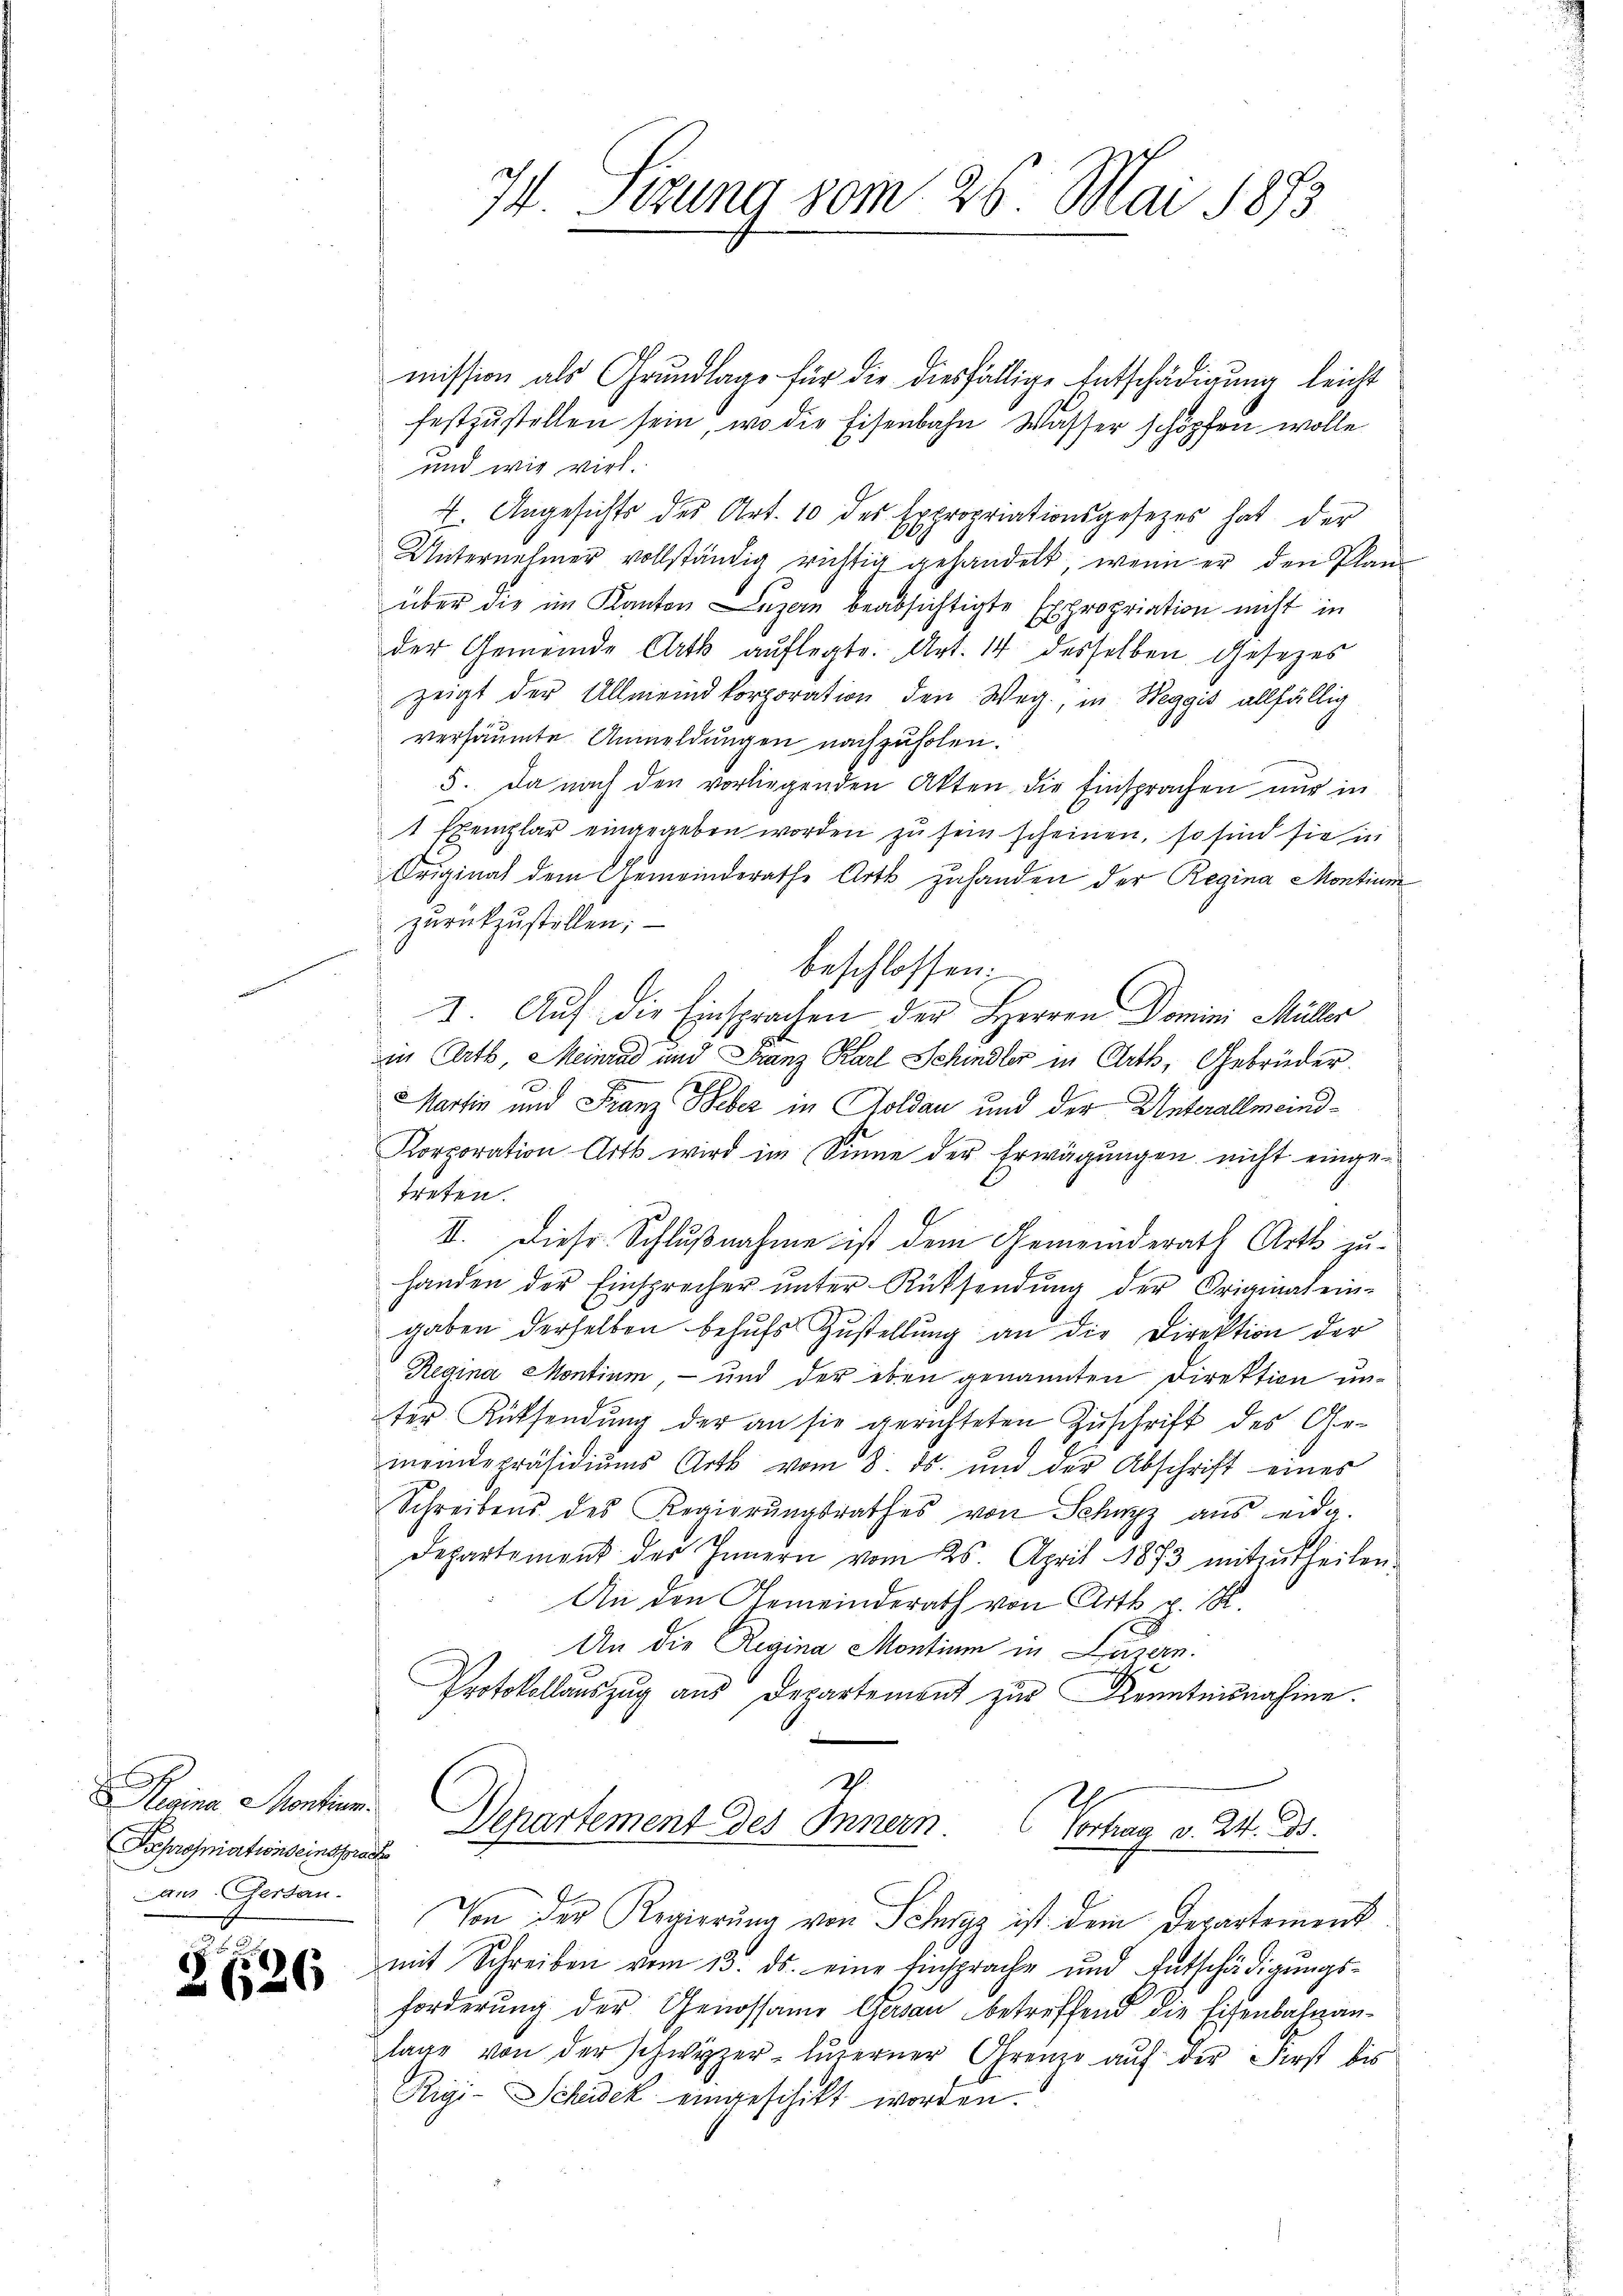
Rigina Stention
Proponiationseinsprach
aus Gersan.

2626

mission als Grundlage für die diesfällige Entschädigung leicht
festzŭstellen sein, wo die Eisenbahn Wasser schöpfen wolle
und wie virt.
I. Angesichts der Art. 10 des Expropriationsgesetzes hat der
Unternehmer vollständig richtig gehandelt, wenn er den Planüber die im Kanton Luzan beabsichtigte Expropriation nicht in
der Gemeinde Arth auflegte. Art. 14 desselben Gesezes
zeigt der Allmeindkorporation den Weg, in Weggis allfällig
versäumte Anmeldungen nachzuholen.
5. Da nach den vorliegenden Akten die Einsprachen nur in
1 Exemplar eingegeben worden zu sein scheinen, so sind sie in
Original dem Gemeindsrathe Arts zuhanden der Regina Montium
zurückzustellen;
beschlossen:
I. Auf die Einsprachen der Herren Domini Müller
in Orts, Meinend und Franz Karl Schindler in Orth, Gebrüder.
Martin und Franz Weber in Goldau und der Unterallmeind¬
Korporation Arth wird im Sinne der Erwägungen nicht eingetreten.
II. Diese Schlußnahme ist dem Gemeinderath Arth zu-
handen der Einsprecher ŭnter Rücksendŭng der Original ein-
gaben derselben behufs Zustellung an die Direktion der
Regina Montium, - und der eben genannten Direktion unter Rücksendung der an sie gerichteten Zuschrift des Ge-
meindepräsidiŭms Art vom 8. ds. ŭnd der Abschrift eines
Schreibens des Regierŭngsrathes von Schwyz ans eidg.
Departement der Innern vom 25. April 1873 mitzŭtheilen.
An den Gemeinderath von Art p. K.
An die Regina Montium in Luzern.
Protokollauszug aus Departement zur Kenntnisnahme.
Departement des Innern (Vortrag v. 24. ds.
Von der Regierung von Schwyz ist dem Departement
mit Schreiben vom 13. ds. eine Einsprache und Entschädigungsforderung der Genossame Garan betreffend die Eisenbahnanlage von der Schwyzer, luterner Grenze auf der First bis
Rigi-Schidek eingeschikt worden.

74. Sizung vom 26. Mai 1873